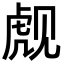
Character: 𬟪